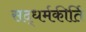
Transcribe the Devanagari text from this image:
सद्धर्मकीर्ति